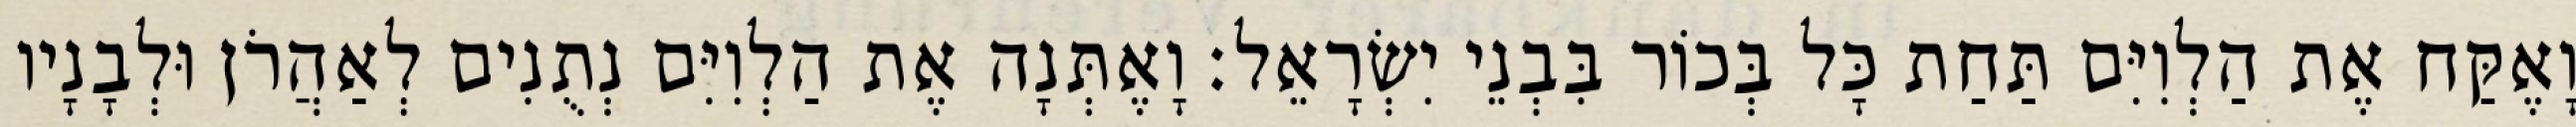
וָאֶקַּח אֶת הַלְוִיִּם תַּחַת כָּל בְּכוֹר בִּבְנֵי יִשְׂרָאֵל׃ וָאֶתְּנָה אֶת הַלְוִיִּם נְתֻנִים לְאַהֲרֹן וּלְבָנָיו